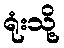
ရုံးသို့